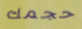
حجمك